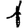
Digit: 1